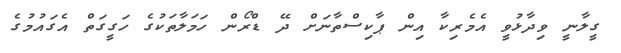
ގީލާނީ ވިދާޅުވީ އެމެރިކާ އިން ޕާކިސްތާނަށް ދޭ ޑްރޯން ހަމަލާތަކުގެ ހަގީގަތް އެގައުމުގެ